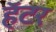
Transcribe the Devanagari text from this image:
हॅटर